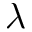
\lambda